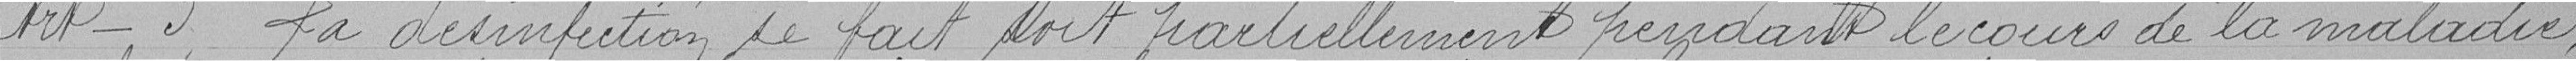
Art. 3 La désinfection se fait soit partiellement pendant le cours de la maladie,